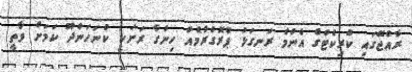
ރާއްޖޭގައި ކްރިކެޓްގެ އެންމެ ރަނގަޅު ޕްރޮގްރާމެއް ހިންގާ ރަށަކީ ކުނަހަންދޫ ކަމަށް ވާތީ